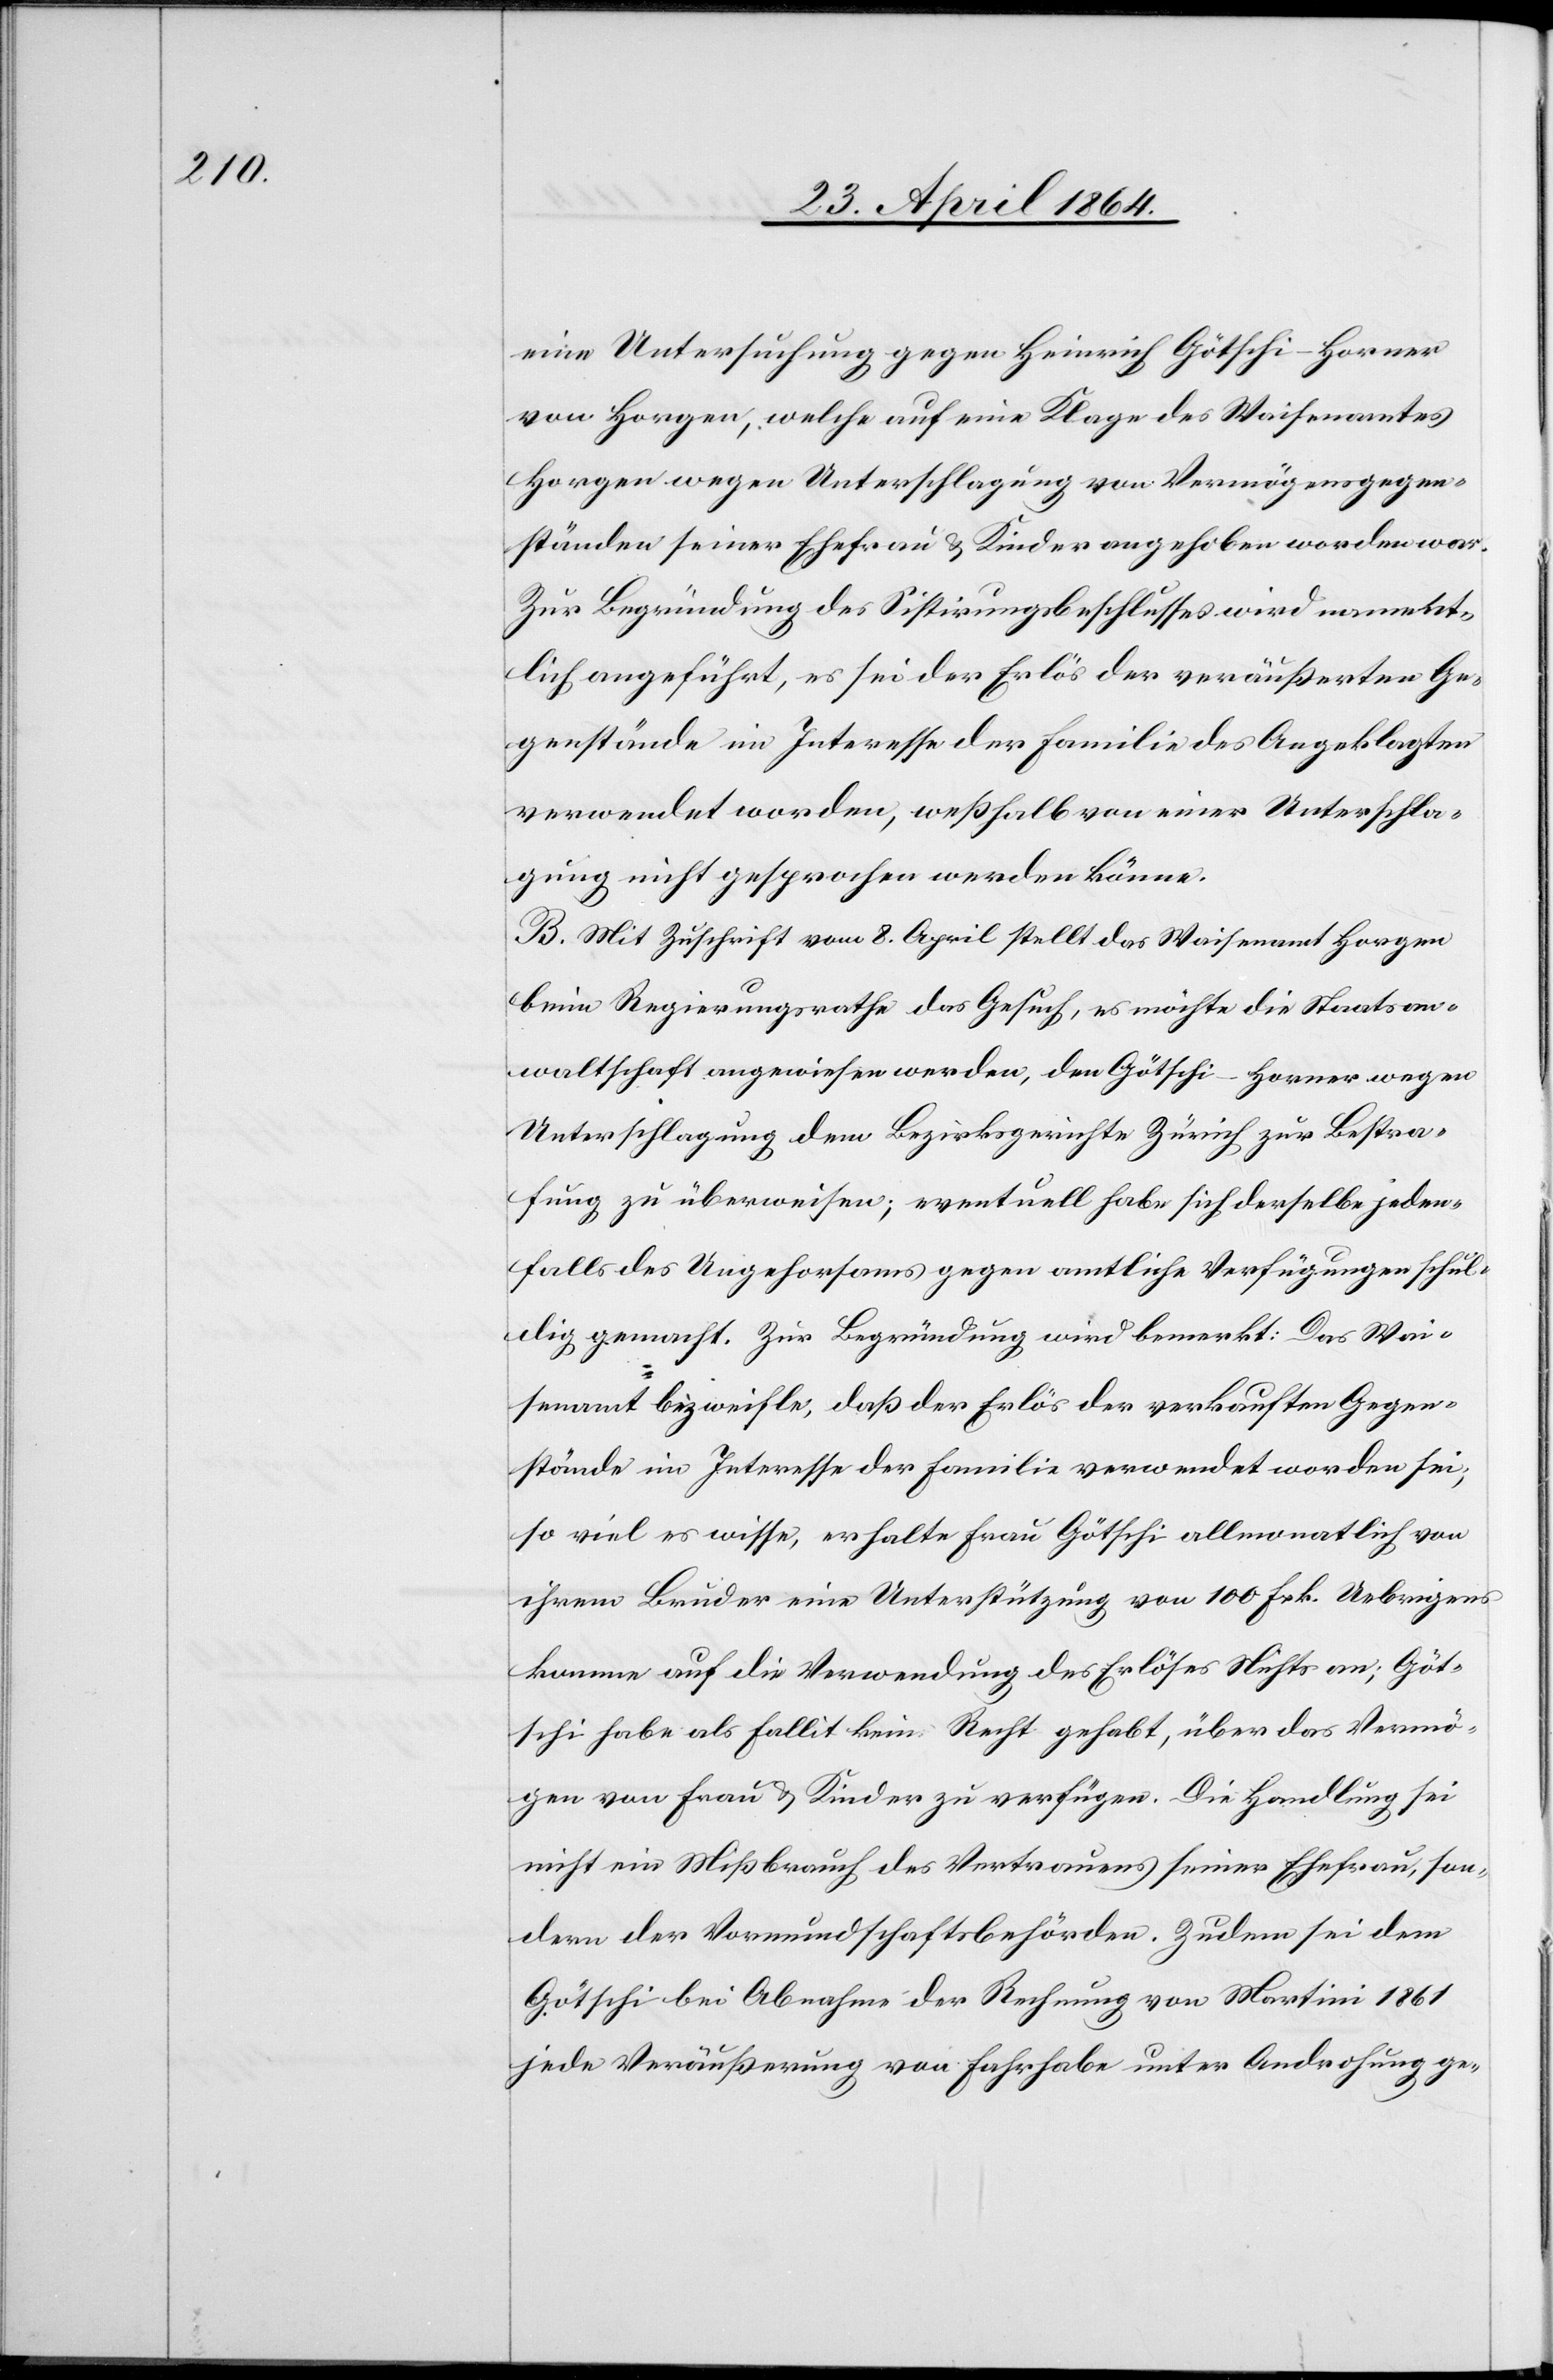
eine Untersuchung gegen Heinrich Götschi-Horner
von Horgen, welche auf eine Klage des Waisenamtes
Horgen wegen Unterschlagung von Vermögensgegen¬
ständen seiner Ehefrau u. Kinder angehoben worden war.
Zur Begründung des Sistirungsbeschlusses wird nament¬
lich angeführt, es sei der Erlös der veräußerten Ge¬
genstände im Interesse der Familie des Angeklagten
verwendet worden, weßhalb von einer Unterschla¬
gung nicht gesprochen werden könne.
B. Mit Zuschrift vom 8. April stellt das Waisenamt Horgen
beim Regierungsrathe das Gesuch, es möchte die Staatsan¬
waltschaft angewiesen werden, den Götschi-Horner wegen
Unterschlagung dem Bezirksgerichte Zürich zur Bestra¬
fung zu überweisen; eventuell habe sich derselbe jeden¬
falls des Ungehorsams gegen amtliche Verfügungen schul¬
dig gemacht. Zur Begründung wird bemerkt: Das Wai¬
senamt bezweifle, daß der Erlös der verkauften Gegen¬
stände im Interesse der Familie verwendet worden sei;
so viel es wisse, erhalte Frau Götschi allmonatlich von
ihrem Bruder eine Unterstützung von 100 Frk. Uebrigens
komme auf die Verwendung des Erlöses Nichts an; Göt¬
schi habe als Fallit kein Recht gehabt, über das Vermö¬
gen von Frau u. Kinder zu verfügen. Die Handlung sei
nicht ein Mißbrauch des Vertrauens seiner Ehefrau, son¬
dern der Vormundschaftsbehörden. Zudem sei dem
Götschi bei Abnahme der Rechnung von Martini 1861
jede Veräußerung von Fahrhabe unter Androhung ge-